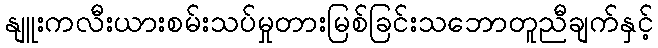
နျူးကလီးယားစမ်းသပ်မှုတားမြစ်ခြင်းသဘောတူညီချက်နှင့်